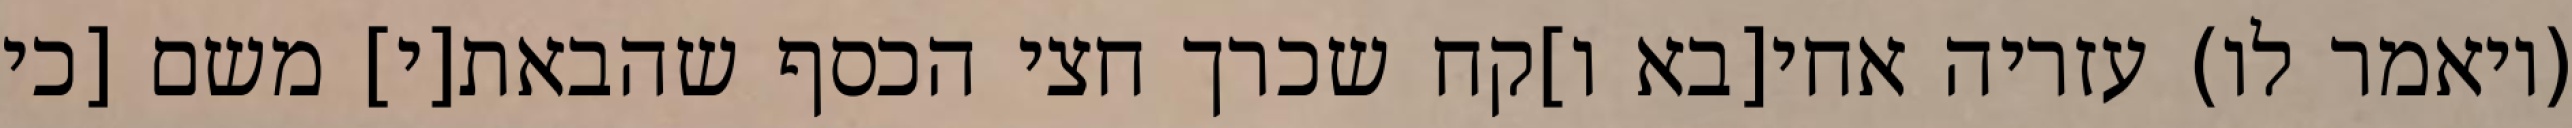
(ויאמר לו) עזריה אחי[בא ו]קח שכרך חצי הכסף שהבאת[י] משם [כי